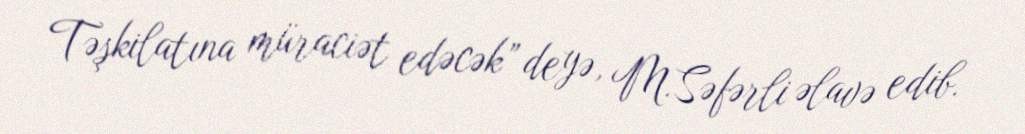
Təşkilatına müraciət edəcək” deyə, M.Səfərli əlavə edib.